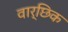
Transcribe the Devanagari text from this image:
वार्छिक